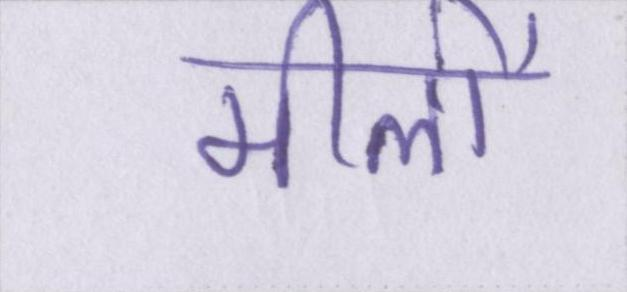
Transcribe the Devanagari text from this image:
मीलों